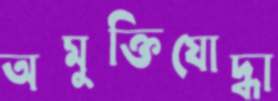
অমুক্তিযোদ্ধা